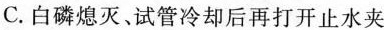
C.白磷熄灭、试管冷却后再打开止水夹